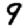
Digit: 9